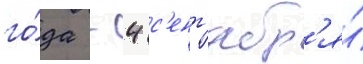
го́да - 4 с'ент'ябр'я́